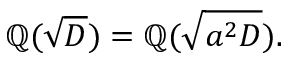
\mathbb { Q } ( { \sqrt { D } } ) = \mathbb { Q } ( { \sqrt { a ^ { 2 } D } } ) .